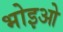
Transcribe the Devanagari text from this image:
भोइओ